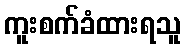
ကူးစက်ခံထားရသူ